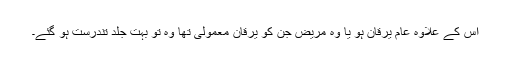
اس کے علاوہ عام یرقان ہو یا وہ مریض جن کو یرقان معمولی تھا وہ تو بہت جلد تندرست ہو گئے۔